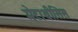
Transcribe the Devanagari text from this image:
मेटाथीसिस